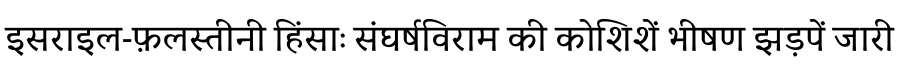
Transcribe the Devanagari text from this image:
इसराइल-फ़लस्तीनी हिंसाः संघर्षविराम की कोशिशें भीषण झड़पें जारी